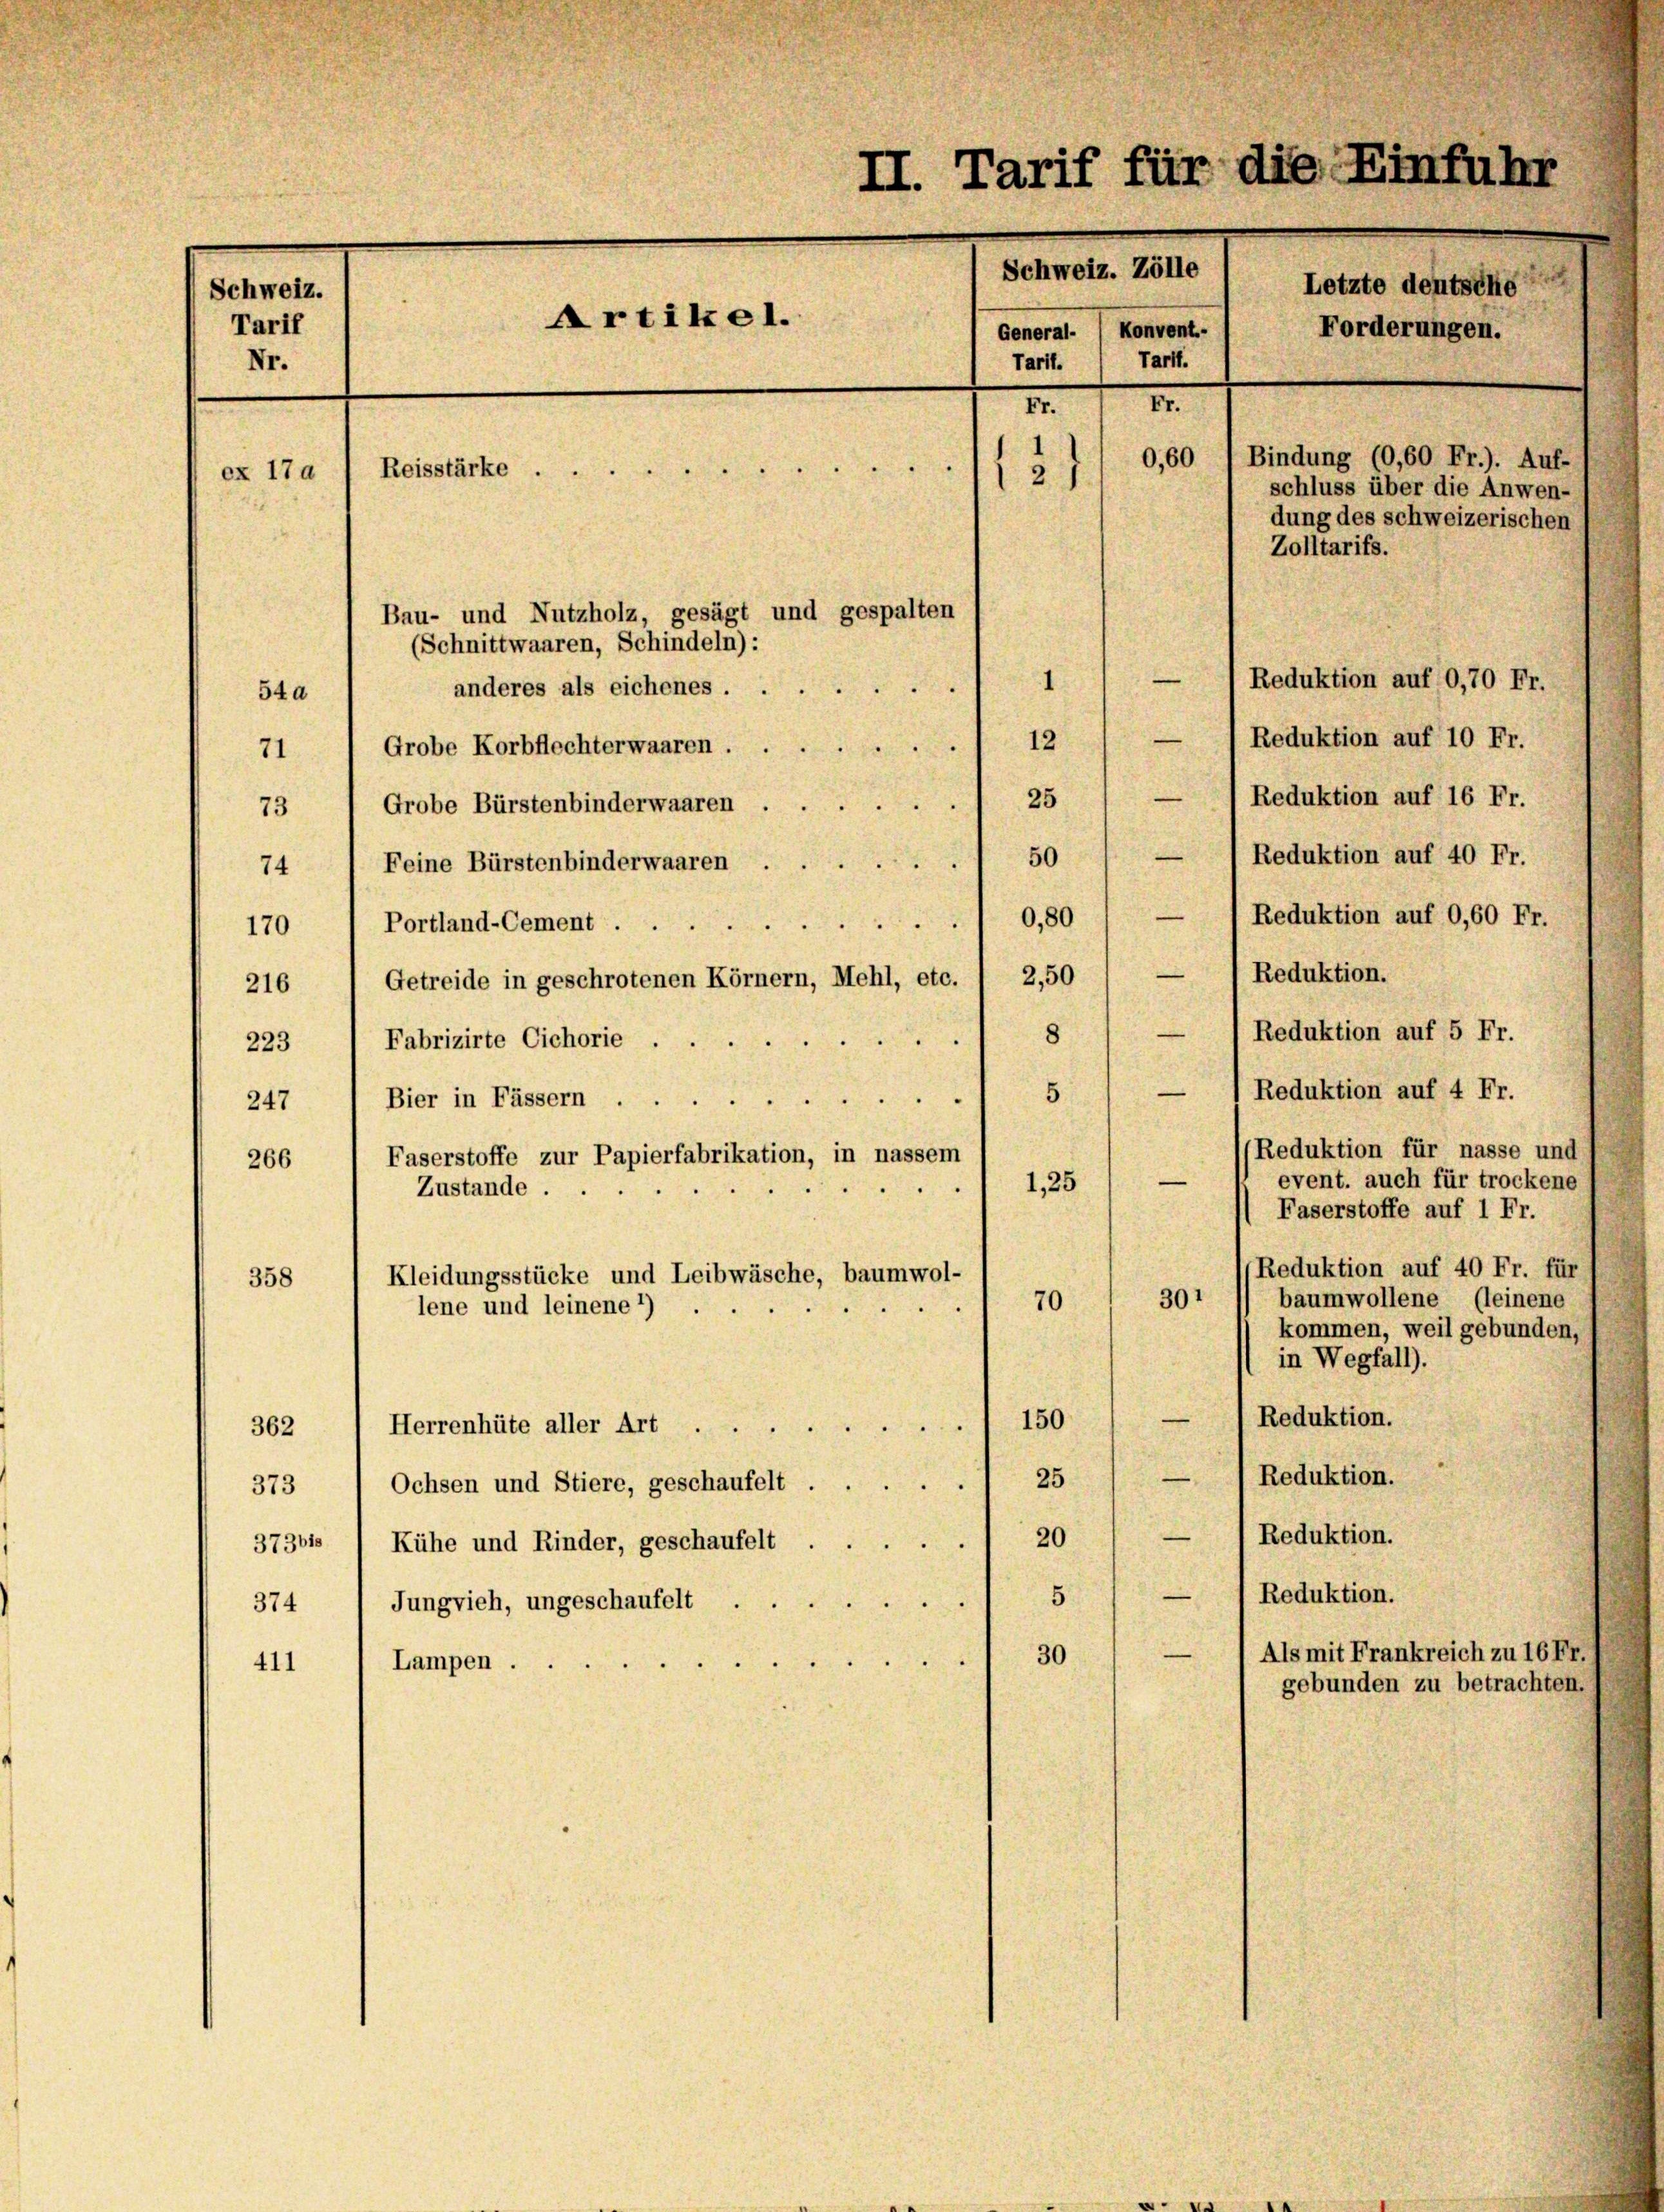
Schweiz.
Tarif
Nr.

ex 17a

II. Tarif für die Einfuhr
Schweiz. Zölle
Artikel.
General. Konvent.
Tartl.
Tartl.
II.
II.
0,60 1 Bindung (0,60 Fr.). Auf-
Reisstärke.
131
schluss über die Anwen-
dung des schweizerischen
Zolltarifs.
Bau- und Nutzholz, gesagt und gespalten
(Schnittwaaren, Schindeln):

1

Letzte deutsche
Forderungen.

anderes als eichenes
54a
12
Grobe Korbflechterwaaren.
71.
73) Grobe Bürstenbinderwaaren 25
74) Feine Bürstenbinderwaaren 50 / — 1 Reduktion auf 40 Fr.
—
l Reduktion auf 0,60 Fr.
170  Portland-Cement 0,80
216 1 Getreide in geschrotenen Körnern, Mehl, etc. 1 2,50 1 — 1 Reduktion.
) Reduktion auf 5 Fr.
8
223) Fabrizirte Cichorie . .
2
(Reduktion auf 4 Fr.
—
5
d
247) Bier in Fässern.
/Reduktion für nasse und
266 1 Faserstoffe zur Papierfabrikation, in nassem
—
event. auch für trockene
1,25
Zustande.
Faserstoffe auf 1 Fr.
(Reduktion auf 40 Fr. für
Kleidungsstücke und Leibwäsche, baumwol-
358
301
baumwollene (leinene
70
lene und leinene *)
kommen, weil gebunden,
in Wegfall).
Herrenhüte aller Art. 150 / — (Reduktion.
362
373) Ochsen und Stiere, geschaufelt ..... 25 / — (Reduktion.
37361.  Kühe und Rinder, geschaufelt ...... 20 / — 1 Reduktion.
— 1 Reduktion.
5
u
374 1 Jungvieh, ungeschaufelt
Als mit Frankreich zu 16 Fr.
—
30
Lampen ..
411
gebunden zu betrachten.

— 1 Reduktion auf 0,70 Fr.
— (Reduktion auf 10 Fr.
— (Reduktion auf 16 Fr.